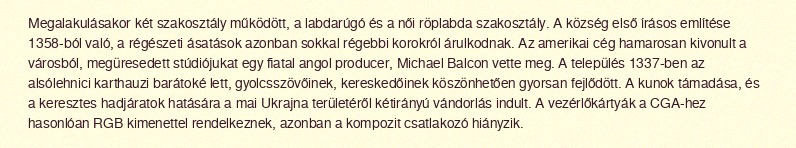
Megalakulásakor két szakosztály működött, a labdarúgó és a női röplabda szakosztály. A község első írásos említése 1358-ból való, a régészeti ásatások azonban sokkal régebbi korokról árulkodnak. Az amerikai cég hamarosan kivonult a városból, megüresedett stúdiójukat egy fiatal angol producer, Michael Balcon vette meg. A település 1337-ben az alsólehnici karthauzi barátoké lett, gyolcsszövőinek, kereskedőinek köszönhetően gyorsan fejlődött. A kunok támadása, és a keresztes hadjáratok hatására a mai Ukrajna területéről kétirányú vándorlás indult. A vezérlőkártyák a CGA-hez hasonlóan RGB kimenettel rendelkeznek, azonban a kompozit csatlakozó hiányzik.